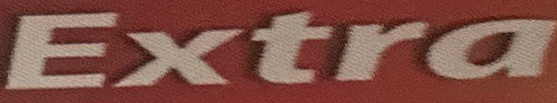
Extra